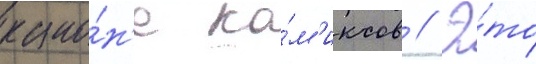
кано́н'е ко́м'иксов // Э́то